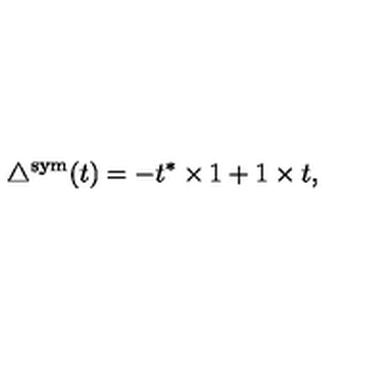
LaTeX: \triangle ^ { \mathrm { s y m } } ( t ) = - t ^ { * } \times 1 + 1 \times t ,